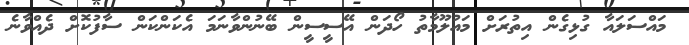
މައްސަލައާ ގުޅިގެން އިތުރަށް މައުލޫމާތު ހޯދަން އޭސީސީން ބޭނުންވާނަމަ އެކަންކަން ސާފުކޮށް ދެއްވާނެ